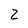
Character: 2